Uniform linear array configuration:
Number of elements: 24
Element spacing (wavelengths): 0.25
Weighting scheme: binomial
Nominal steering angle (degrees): -60
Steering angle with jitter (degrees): -61.514
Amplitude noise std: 0.05
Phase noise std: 0.05

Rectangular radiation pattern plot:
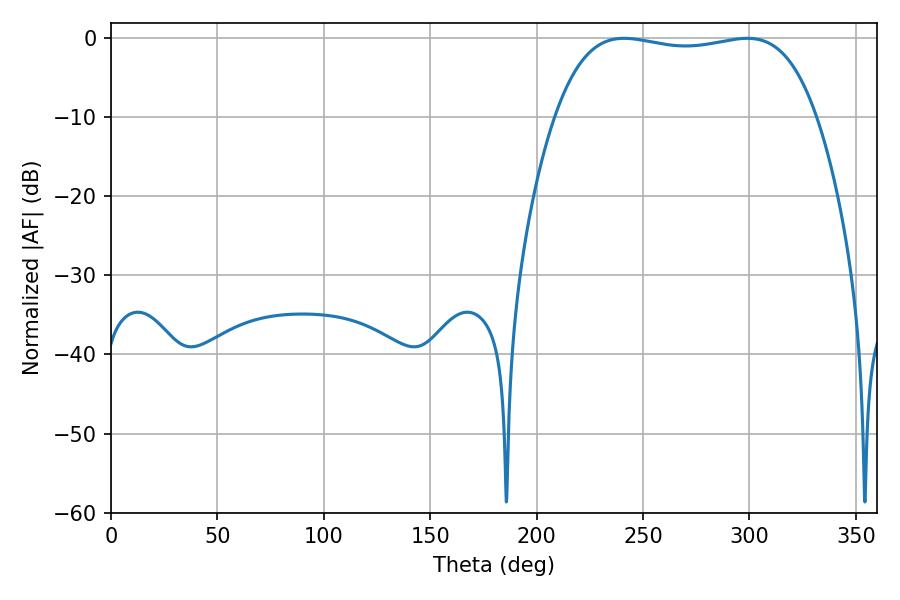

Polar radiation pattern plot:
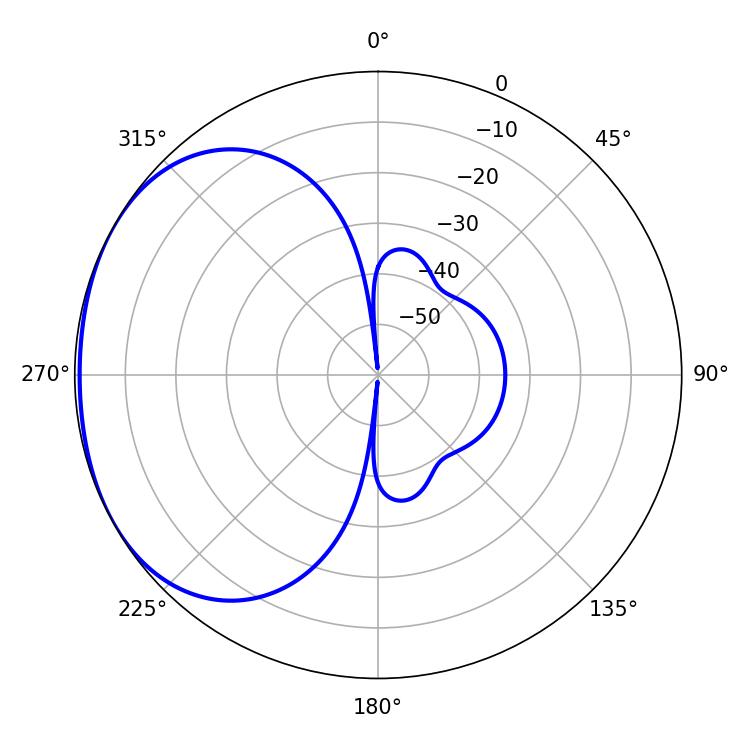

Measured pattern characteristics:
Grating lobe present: FALSE
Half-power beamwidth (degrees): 97.92
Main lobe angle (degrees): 298.98